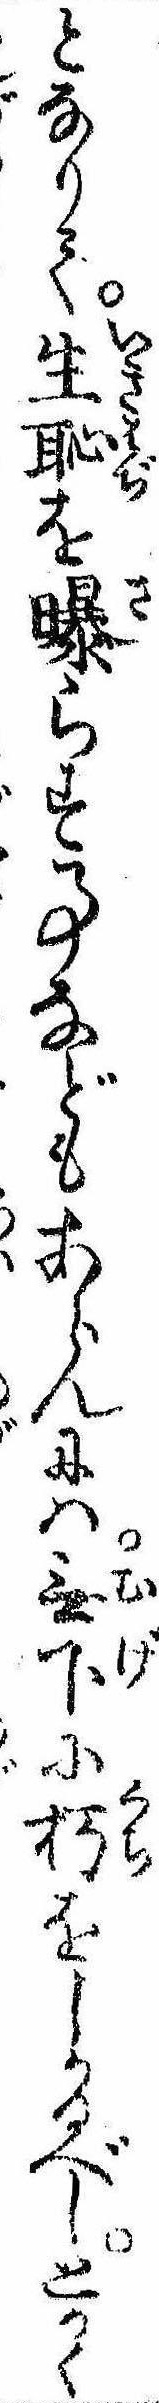
となりて生恥を曝らす事などもあらんには無下に朽をしかるべしとかく